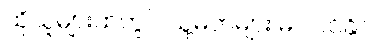
ထိုသူများထဲတွင် သူ့မိဘများ မပါဝင်နိုင်။